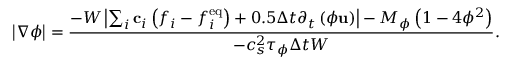
\left| { \nabla \phi } \right| = \frac { { - W \left| { \sum _ { i } { { { \bf { c } } _ { i } } \left( { { f _ { i } } - f _ { i } ^ { \mathrm { { e q } } } } \right) } + 0 . 5 \Delta t { \partial _ { t } } \left( { \phi { \bf { u } } } \right) } \right| - { M _ { \phi } } \left( { 1 - 4 { \phi ^ { 2 } } } \right) } } { { - c _ { s } ^ { 2 } { \tau _ { \phi } } \Delta t W } } .